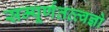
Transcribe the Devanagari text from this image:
सम्पूर्णतत्त्वज्ञो